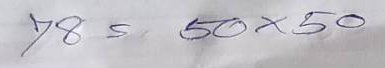
78 = 50x50